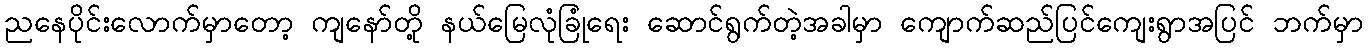
ညနေပိုင်းလောက်မှာတော့ ကျနော်တို့ နယ်မြေလုံခြုံရေး ဆောင်ရွက်တဲ့အခါမှာ ကျောက်ဆည်ပြင်ကျေးရွာအပြင် ဘက်မှာ